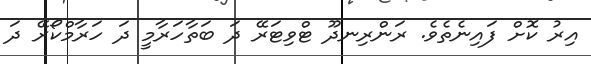
އިރު ކޮށް ފައިނެތެވެ. ރަންރިނދޫ ޓްވިޓަރޭ ދަ ބަތާހަރާމީ ދަ ހަރާމްކޯރޭ ދަ